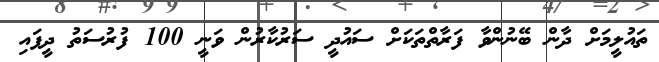
ތައުލީމަށް ދާން ބޭނުންވާ ފަރާތްތަކަށް ސައުދީ ސަރުކާރުން ވަނީ 100 ފުރުސަތު ދީފައި